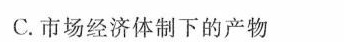
C.市场经济体制下的产物